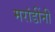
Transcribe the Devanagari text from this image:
मरांडींनी